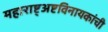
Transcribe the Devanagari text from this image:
महाराष्ट्अष्टविनायकांची